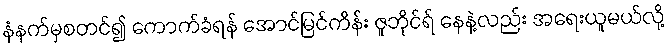
နံနက်မှစတင်၍ ကောက်ခံရန် အောင်မြင်ကိန်း ဇူဘိုင်ရ် နေနဲ့လည်း အရေးယူမယ်လို့